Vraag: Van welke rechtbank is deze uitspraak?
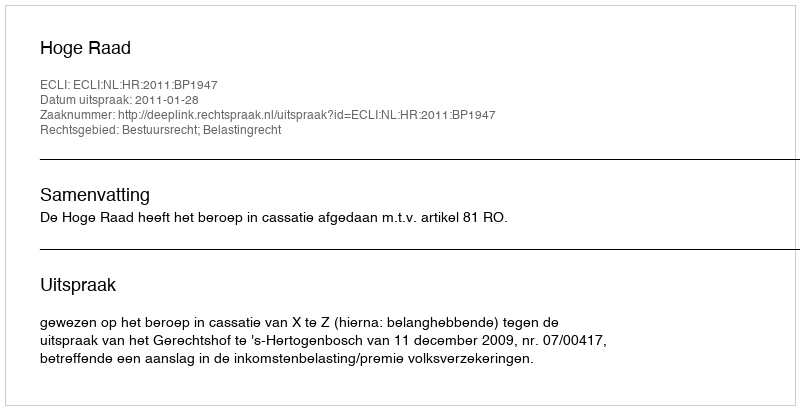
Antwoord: Hoge Raad